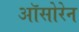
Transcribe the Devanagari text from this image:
ऑसोरेन